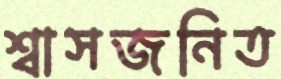
শ্বাসজনিত